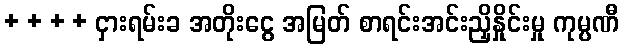
+ + + + ငှားရမ်းခ အတိုးငွေ အမြတ် စာရင်းအင်းညှိနှိုင်းမှု ကုမ္ပဏီ